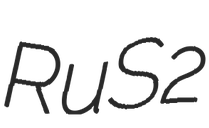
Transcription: RuS2